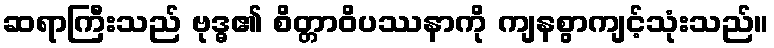
ဆရာကြီးသည် ဗုဒ္ဓ၏ စိတ္တာဝိပဿနာကို ကျနစွာကျင့်သုံးသည်။